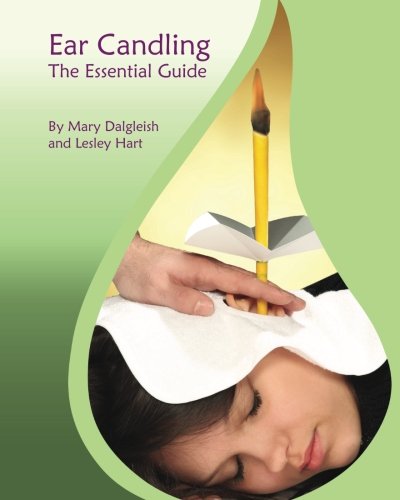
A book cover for Ear Candling - The Essential Guide: Ear Candling - The Essential Guide:This text, previously published as "Ear Candling in Essence", has been completely revised and updated.; Mary Dalgleish; Health, Fitness & Dieting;